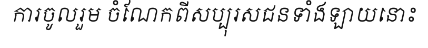
ការចូលរួម ចំណែកពីសប្បុរសជនទាំងឡាយនោះ